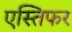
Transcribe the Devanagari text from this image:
एस्तिफर